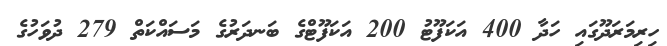
ހިރިމަރަދޫގައި ހަދާ 400 އަކަފޫޓު 200 އަކަފޫޓްގެ ބަނދަރުގެ މަސައްކަތް 279 ދުވަހުގެ